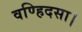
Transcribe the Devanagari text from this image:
वण्हिदसा।